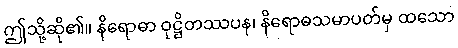
ဤသို့ဆို၏။ နိရောဓာ ဝုဋ္ဌိတဿပန၊ နိရောဓသမာပတ်မှ ထသော